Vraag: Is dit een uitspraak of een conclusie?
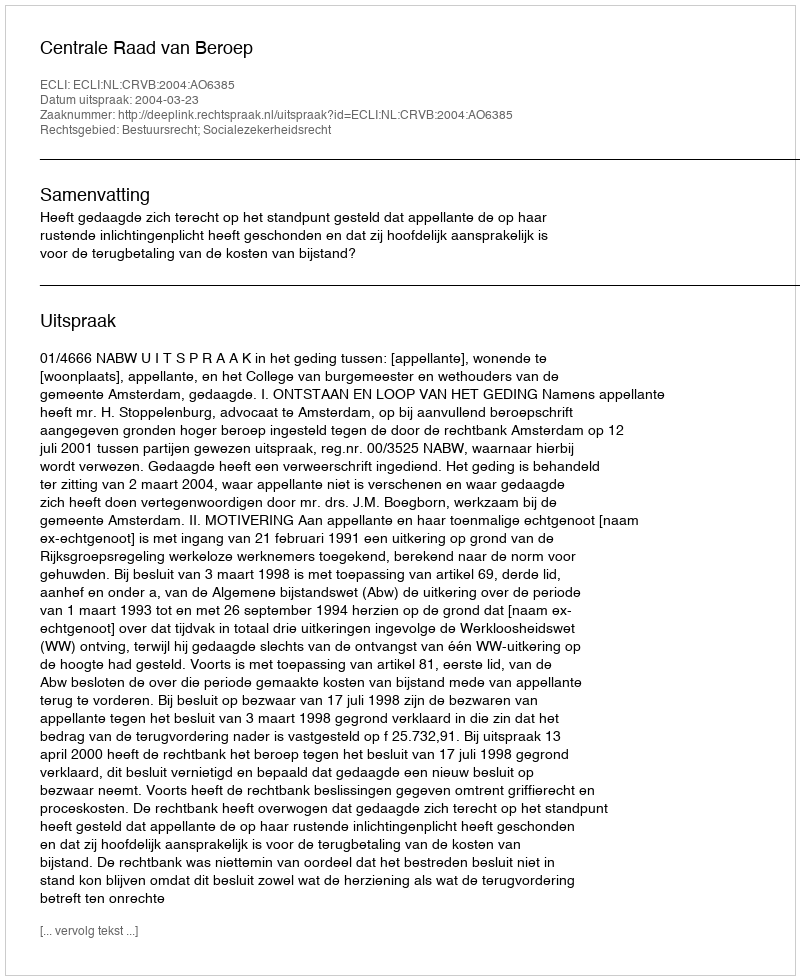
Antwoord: Uitspraak